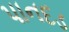
પાનદડ